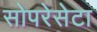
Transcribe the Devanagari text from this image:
सोपरेसेटा